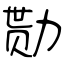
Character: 勚